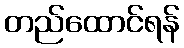
တည်ထောင်ရန်